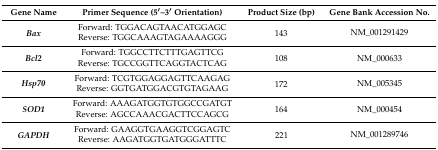
<table><thead><tr><td><b>Gene Name</b></td><td><b>Primer Sequence (5′–3′ Orientation)</b></td><td><b>Product Size (bp)</b></td><td><b>Gene Bank Accession No.</b></td></tr></thead><tbody><tr><td rowspan="2"><b><i>Bax</i></b></td><td>Forward: TGGACAGTAACATGGAGC</td><td rowspan="2">143</td><td rowspan="2">NM_001291429</td></tr><tr><td>Reverse: TGGCAAAGTAGAAAAGGG</td></tr><tr><td rowspan="2"><b><i>Bcl2</i></b></td><td>Forward: TGGCCTTCTTTGAGTTCG</td><td rowspan="2">108</td><td rowspan="2">NM_000633</td></tr><tr><td>Reverse: TGCCGGTTCAGGTACTCAG</td></tr><tr><td rowspan="2"><b><i>Hsp70</i></b></td><td>Forward: TCGTGGAGGAGTTCAAGAG</td><td rowspan="2">172</td><td rowspan="2">NM_005345</td></tr><tr><td>Reverse: GGTGATGGACGTGTAGAAG</td></tr><tr><td rowspan="2"><b><i>SOD1</i></b></td><td>Forward: AAAGATGGTGTGGCCGATGT</td><td rowspan="2">164</td><td rowspan="2">NM_000454</td></tr><tr><td>Reverse: AGCCAAACGACTTCCAGCG</td></tr><tr><td rowspan="2"><b><i>GAPDH</i></b></td><td>Forward: GAAGGTGAAGGTCGGAGTC</td><td rowspan="2">221</td><td rowspan="2">NM_001289746</td></tr><tr><td>Reverse: AAGATGGTGATGGGATTTC</td></tr></tbody></table>